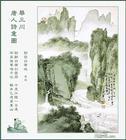
忆昔西池池上饮，年年多少欢娱。